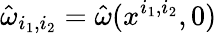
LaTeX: \hat{\omega}_{i_{1},i_{2}}=\hat{\omega}(x^{i_{1},i_{2}},0)